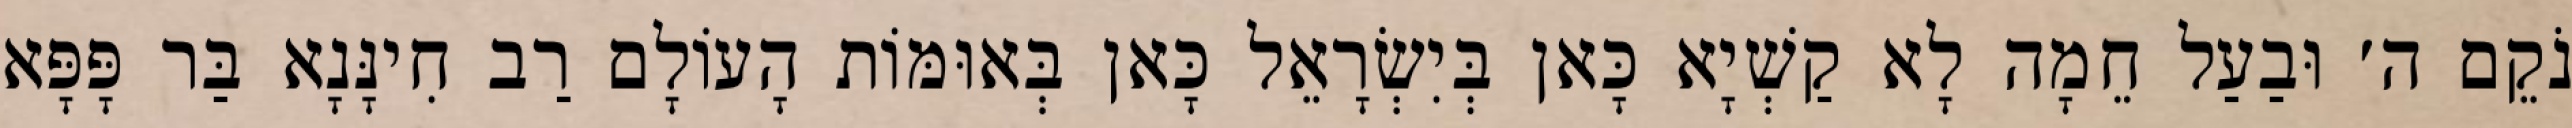
נֹקֵם ה׳ וּבַעַל חֵמָה לָא קַשְׁיָא כָּאן בְּיִשְׂרָאֵל כָּאן בְּאוּמּוֹת הָעוֹלָם רַב חִינָּנָא בַּר פָּפָּא